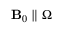
\mathbf B _ { 0 } \parallel \boldsymbol \Omega